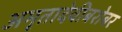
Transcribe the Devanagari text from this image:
अमृतादेवीबरोबर